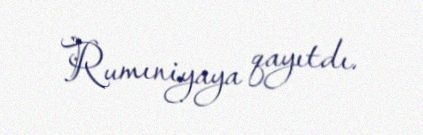
Rumıniyaya qayıtdı.